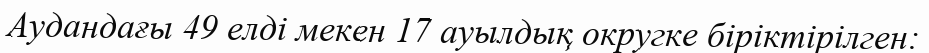
Аудандағы 49 елді мекен 17 ауылдық округке біріктірілген: